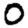
Digit: 0